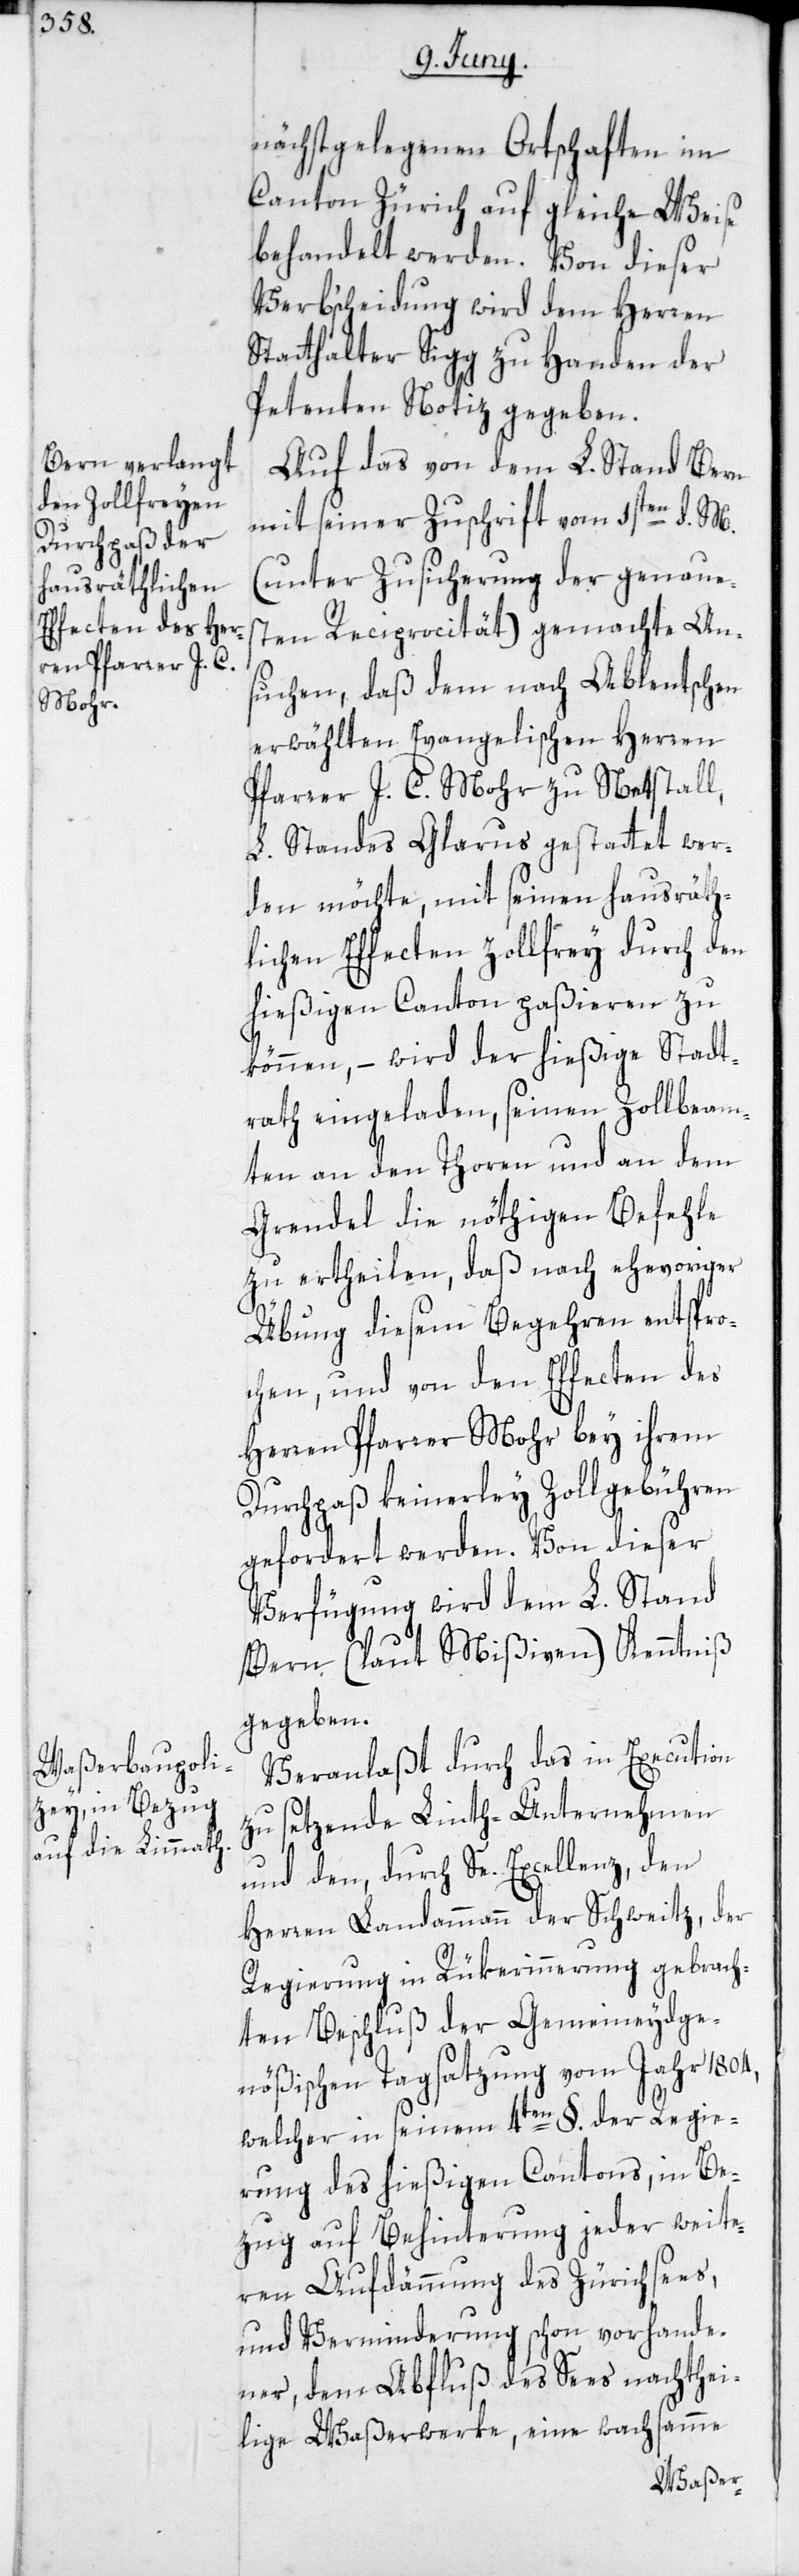
nächstgelegenen Ortschaften im
Canton Zürich auf gleiche Weise
behandelt werden. Von dieser
Verb’scheidung wird dem Herren
Statthalter Sigg zu Handen der
Petenten Notiz gegeben.
Auf das von dem L. Stand Bern
mit seiner Zuschrift vom 1sten d. M.
(unter Zusicherung der genaue¬
sten Reciprocität) gemachte An¬
suchen, daß dem nach Ablentschen
erwählten Evangelischen Herren
Pfarrer J. C. Mohr zu Netstall,
L. Standes Glarus gestattet wer¬
den möchte, mit seinen hausräth¬
lichen Effecten zollfrey durch den
hießigen Canton paßieren zu
können, – wird der hießige Stadt¬
rath eingeladen, seinen Zollbeam¬
ten an den Thoren und an dem
Grendel die nöthigen Befehle
zu ertheilen, daß nach ehevoriger
Übung diesem Begehren entspro¬
chen, und von den Effecten des
Herren Pfarrer Mohr bey ihrem
Durchpaß keinerley Zollgebühren
gefordert werden. Von dieser
Verfügung wird dem L. Stand
Bern (laut Mißiven) Kenntniß
gegeben.
Veranlaßt durch das in Execution
zu setzende Linth-Unternehmen
und den, durch Se. Excellenz, den
Herren Landammann der Schweitz, der
Regierung in Rükerinnerung gebrach¬
ten Beschluß der Gemeineydge¬
nößischen Tagsatzung vom Jahr 1804,
welcher in seinem 4ten §. der Regie¬
rung des hießigen Cantons, in Be¬
zug auf Behinterung jeder weite¬
ren Aufdämmung des Zürichsees,
und Verminderung schon vorhande¬
ner, dem Abfluß des Sees nachthei¬
lige Waßerwerke, eine wachsamme